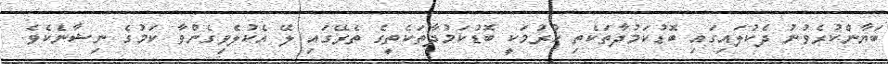
ބަޔާންކުރެވުނު ދެކުލައިގައި ބޮޑުކަމުދާތަކެތި ހުރުމަކީ ބޮޑުކަމުދާތަކެތީގެ ތެރޭގައި ލޭ އެކުލެވިގެންވާ ކަމުގެ ނިޝާނެކެވެ.